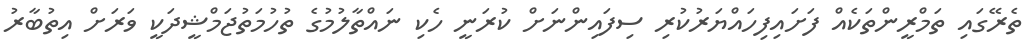
ތެރޭގައި ތަމްރީންތަކެއް ފަށައިފިހައްޔަރުކުރި ސިފައިންނަށް ކުރަނީ ހެކި ނައްތާލުމުގެ ތުހުމަތުޖަމްޝީދަކީ ވަރަށް އިތުބާރު